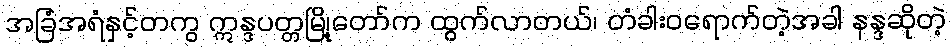
အခြံအရံနှင့်တကွ ဣန္ဒပတ္တမြို့တော်က ထွက်လာတယ်၊ တံခါးဝရောက်တဲ့အခါ နန္ဒဆိုတဲ့